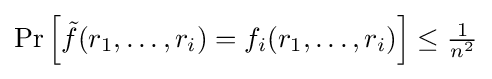
\Pr \left[{\tilde {f}}(r_{1},\dots ,r_{i})=f_{i}(r_{1},\dots ,r_{i})\right]\leq {\tfrac {1}{n^{2}}}